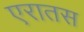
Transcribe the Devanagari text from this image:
एरातस